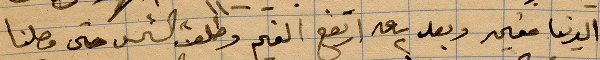
الدنيا ...وبعد ساعة ارتفع الخير وطلعت الشمس حتى وصلنا